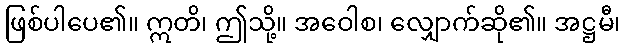
ဖြစ်ပါပေ၏။ ဣတိ၊ ဤသို့။ အဝေါစ၊ လျှောက်ဆို၏။ အဋ္ဌမီ၊